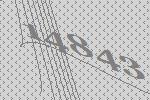
14843